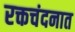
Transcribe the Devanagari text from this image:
रक्तचंदनात